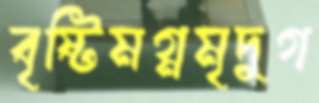
বৃষ্টিমগ্নমৃদুগ